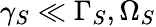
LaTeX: \gamma_{S}\ll\Gamma_{S},\Omega_{S}